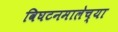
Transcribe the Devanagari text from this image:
विघटनमालेच्या